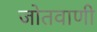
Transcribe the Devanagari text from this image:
जोतवाणी